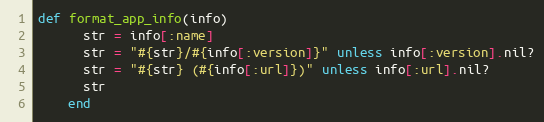
Language: Ruby
def format_app_info(info)
      str = info[:name]
      str = "#{str}/#{info[:version]}" unless info[:version].nil?
      str = "#{str} (#{info[:url]})" unless info[:url].nil?
      str
    end